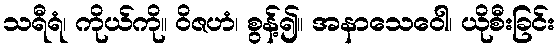
သရီရံ၊ ကိုယ်ကို။ ဝိဇဟံ၊ စွန့်၍။ အနာသေဝေါ၊ ယိုစီးခြင်း